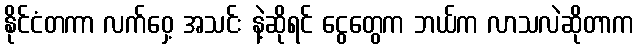
နိုင်ငံတကာ လက်ဝှေ့ အသင်း နဲ့ဆိုရင် ငွေတွေက ဘယ်က လာသလဲဆိုတာက